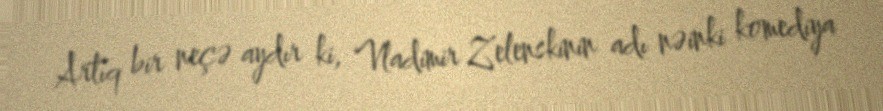
Artıq bir neçə aydır ki, Vladimir Zelenskinin adı nəinki komediya